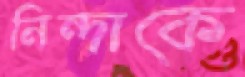
নিন্দাকে